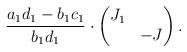
LaTeX: \begin{align*} \frac{a_1 d_1 - b_1 c_1}{b_1 d_1} \cdot \begin{pmatrix} J_1 & \\ & -J \end{pmatrix}.\end{align*}